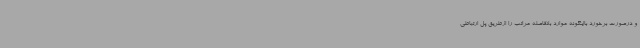
و درصورت برخورد بااینگونه موارد بلافاصله مراتب را ازطریق پل ارتباطی